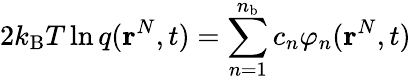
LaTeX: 2k_{\mathrm{B}}T\ln q(\mathbf{r}^{N},t)=\sum_{n=1}^{n_{\mathrm{b}}}c_{n}\varphi_{n}(\mathbf{r}^{N},t)